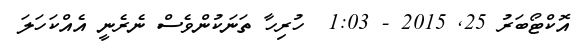
އޮކްޓޯބަރު 25